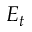
E _ { t }